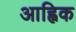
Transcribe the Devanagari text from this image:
आह्विक